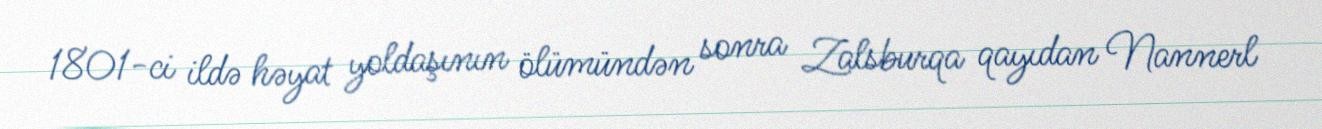
1801-ci ildə həyat yoldaşının ölümündən sonra Zalsburqa qayıdan Nannerl